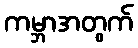
ကမ္ဘာအတွက်